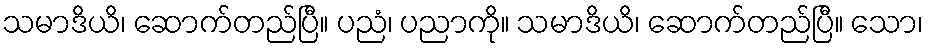
သမာဒိယိ၊ ဆောက်တည်ပြီ။ ပညံ၊ ပညာကို။ သမာဒိယိ၊ ဆောက်တည်ပြီ။ သော၊